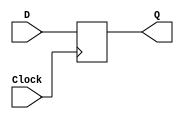
module DFlipFlop(input D, input Clock, output reg Q);
	always @(posedge Clock)
		Q = D;
endmodule